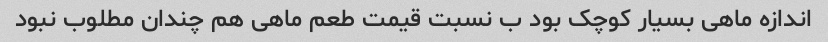
اندازه ماهی بسیار کوچک بود ب نسبت قیمت طعم ماهی هم چندان مطلوب نبود